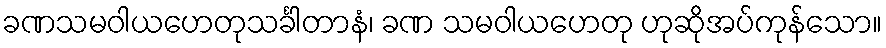
ခဏသမဝါယဟေတုသင်္ခါတာနံ၊ ခဏ သမဝါယဟေတု ဟုဆိုအပ်ကုန်သော။